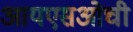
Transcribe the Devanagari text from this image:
आयएसओची